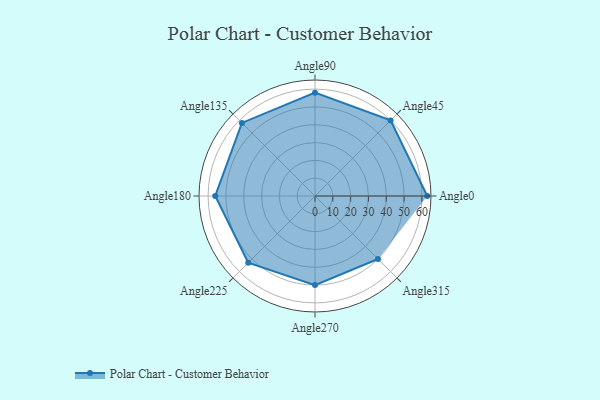
{"axis": {"x": "Angle", "y": "Radius"}, "legend": [""], "data": [{"x": "Angle0", "y": 63.0, "type": ""}, {"x": "Angle45", "y": 60.0, "type": ""}, {"x": "Angle90", "y": 58.0, "type": ""}, {"x": "Angle135", "y": 58.0, "type": ""}, {"x": "Angle180", "y": 56.0, "type": ""}, {"x": "Angle225", "y": 53.0, "type": ""}, {"x": "Angle270", "y": 50, "type": ""}, {"x": "Angle315", "y": 50, "type": ""}]}